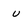
Character: u